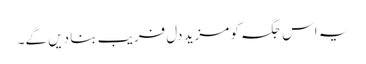
یہ اس جگہ کو مزید دل فریب بنا دیں گے۔